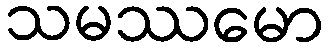
သမဿမော